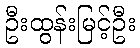
ဦးထွန်းမြင့်ဦး